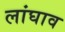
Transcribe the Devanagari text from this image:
लांघाव